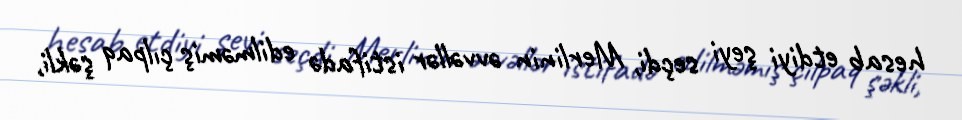
hesab etdiyi şeyi seçdi, Merlinin əvvəllər istifadə edilməmiş çılpaq şəkli,